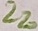
Text: 220